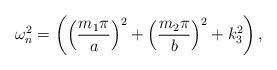
LaTeX: \begin{align*}\omega _{n}^{2}=\left( \left( \frac{m_{1}\pi }{a}\right) ^{2}+\left( \frac{m_{2}\pi }{b}\right) ^{2}+k_{3}^{2}\right) ,\end{align*}